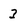
Character: 3